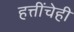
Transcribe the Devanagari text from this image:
हत्तींचेही